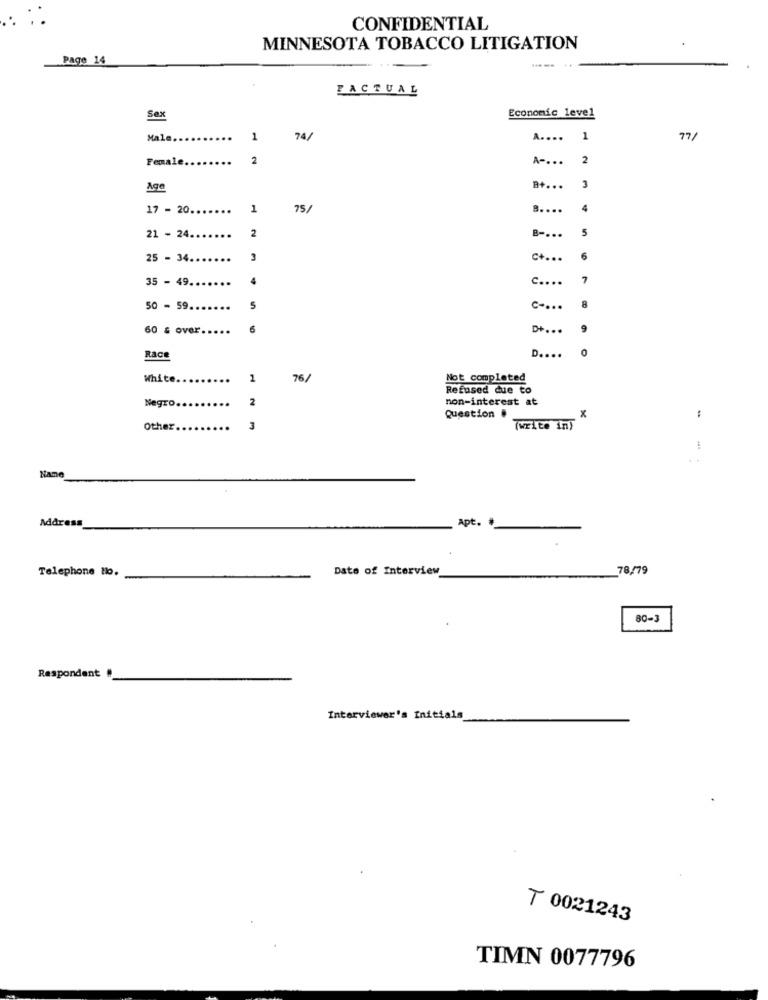
CONFIDENTIAL
MINNESOTA TOBACCO LITIGATION
Page 14
FACTUAL
Economic level
Sex
Male ....
1
74/
A ....
1
77/
Female ..
2
A -...
2
3
Age
a+ ...
17 - 20 ..
1
75/
.....
4
2
5
21 - 24.
B -...
25 - 34.
3
6
35 - 49.
c ....
7
50 - 59.
5
c ....
8
60 & over
6
9
0
Race
D ....
White
2
76/
Not completed
Refused due to
Negro.
2
non-interest at
x
Question .
Other
3
(write in)
..
Name
Address
Apt. #
Telephone No.
Dato of Interview
78/79
80-3
Respondent
Interviewer's Initials
₸ 0021243
TIMN 0077796